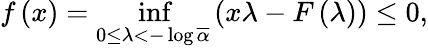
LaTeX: f\left(x\right)=\operatorname*{inf}_{0\leq\lambda<-\log\overline{{\alpha}}}\left(x\lambda-F\left(\lambda\right)\right)\leq 0,